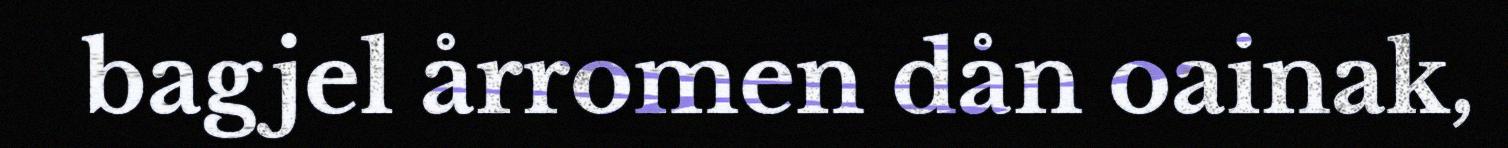
bagjel årromen dån oainak,